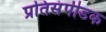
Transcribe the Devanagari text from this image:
प्रतिसंपीडक